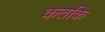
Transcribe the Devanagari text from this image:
कतकि